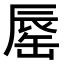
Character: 𨑅